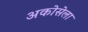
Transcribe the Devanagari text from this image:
अकोसेला